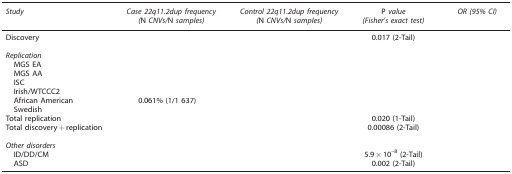
<table><thead><tr><td><b><i>Study</i></b></td><td><b><i>Case 22q11.2dup frequency (</i>N <i>CNVs/</i>N <i>samples)</i></b></td><td><b><i>Control 22q11.2dup frequency (</i>N <i>CNVs/</i>N <i>samples)</i></b></td><td><b>P <i>value (Fisher's exact test)</i></b></td><td><b><i>OR (95% CI)</i></b></td></tr></thead><tbody><tr><td>Discovery</td><td>[EMPTY_CELL]</td><td>[EMPTY_CELL]</td><td>0.017 (2-Tail)</td><td>[EMPTY_CELL]</td></tr><tr><td>[EMPTY_CELL]</td><td>[EMPTY_CELL]</td><td>[EMPTY_CELL]</td><td>[EMPTY_CELL]</td><td>[EMPTY_CELL]</td></tr><tr><td colspan="5"><i>Replication</i></td></tr><tr><td> MGS EA</td><td>[EMPTY_CELL]</td><td>[EMPTY_CELL]</td><td>[EMPTY_CELL]</td><td>[EMPTY_CELL]</td></tr><tr><td> MGS AA</td><td>[EMPTY_CELL]</td><td>[EMPTY_CELL]</td><td>[EMPTY_CELL]</td><td>[EMPTY_CELL]</td></tr><tr><td> ISC</td><td>[EMPTY_CELL]</td><td>[EMPTY_CELL]</td><td>[EMPTY_CELL]</td><td>[EMPTY_CELL]</td></tr><tr><td> Irish/WTCCC2</td><td>[EMPTY_CELL]</td><td>[EMPTY_CELL]</td><td>[EMPTY_CELL]</td><td>[EMPTY_CELL]</td></tr><tr><td> African American</td><td>0.061% (1/1 637)</td><td>[EMPTY_CELL]</td><td>[EMPTY_CELL]</td><td>[EMPTY_CELL]</td></tr><tr><td> Swedish</td><td>[EMPTY_CELL]</td><td>[EMPTY_CELL]</td><td>[EMPTY_CELL]</td><td>[EMPTY_CELL]</td></tr><tr><td>Total replication</td><td>[EMPTY_CELL]</td><td>[EMPTY_CELL]</td><td>0.020 (1-Tail)</td><td>[EMPTY_CELL]</td></tr><tr><td>Total discovery+replication</td><td>[EMPTY_CELL]</td><td>[EMPTY_CELL]</td><td>0.00086 (2-Tail)</td><td>[EMPTY_CELL]</td></tr><tr><td>[EMPTY_CELL]</td><td>[EMPTY_CELL]</td><td>[EMPTY_CELL]</td><td>[EMPTY_CELL]</td><td>[EMPTY_CELL]</td></tr><tr><td colspan="5"><i>Other disorders</i></td></tr><tr><td> ID/DD/CM</td><td>[EMPTY_CELL]</td><td>[EMPTY_CELL]</td><td>5.9 × 10<sup>–8</sup> (2-Tail)</td><td>[EMPTY_CELL]</td></tr><tr><td> ASD</td><td>[EMPTY_CELL]</td><td>[EMPTY_CELL]</td><td>0.002 (2-Tail)</td><td>[EMPTY_CELL]</td></tr></tbody></table>